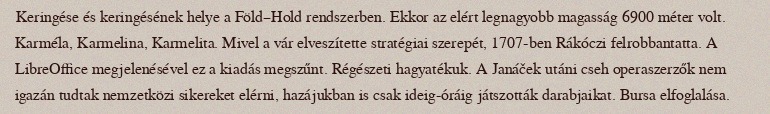
Keringése és keringésének helye a Föld–Hold rendszerben. Ekkor az elért legnagyobb magasság 6900 méter volt. Karméla, Karmelina, Karmelita. Mivel a vár elveszítette stratégiai szerepét, 1707-ben Rákóczi felrobbantatta. A LibreOffice megjelenésével ez a kiadás megszűnt. Régészeti hagyatékuk. A Janáček utáni cseh operaszerzők nem igazán tudtak nemzetközi sikereket elérni, hazájukban is csak ideig-óráig játszották darabjaikat. Bursa elfoglalása.